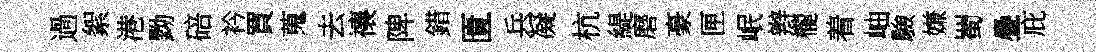
過絮港黝碚衿買蒐去禳陴錯匱兵凝杭緹磨豪匣岷辫櫳着岫驗嫌蜀疊庇